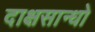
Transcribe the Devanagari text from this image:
दाक्षसान्धो